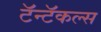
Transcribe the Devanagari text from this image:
टॅन्टॅकल्स